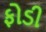
ફોડી